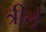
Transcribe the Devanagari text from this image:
त्रीले